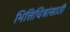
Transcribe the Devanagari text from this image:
भित्तिचित्रांसाठी